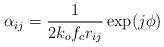
LaTeX: \begin{align*}\alpha_{ij}=\frac{1}{2k_of_cr_{ij}}\exp(j\phi)\end{align*}